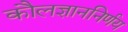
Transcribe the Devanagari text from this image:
कौलज्ञाननिर्णय